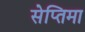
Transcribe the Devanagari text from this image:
सेप्तिमा